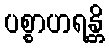
ပစ္စာဟရန္တိ